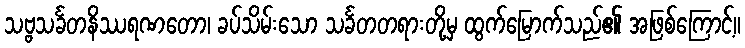
သဗ္ဗသင်္ခတနိဿရဏတော၊ ခပ်သိမ်းသော သင်္ခတတရားတို့မှ ထွက်မြောက်သည်၏ အဖြစ်ကြောင့်။